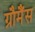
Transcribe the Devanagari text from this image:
ग्रौमैंस